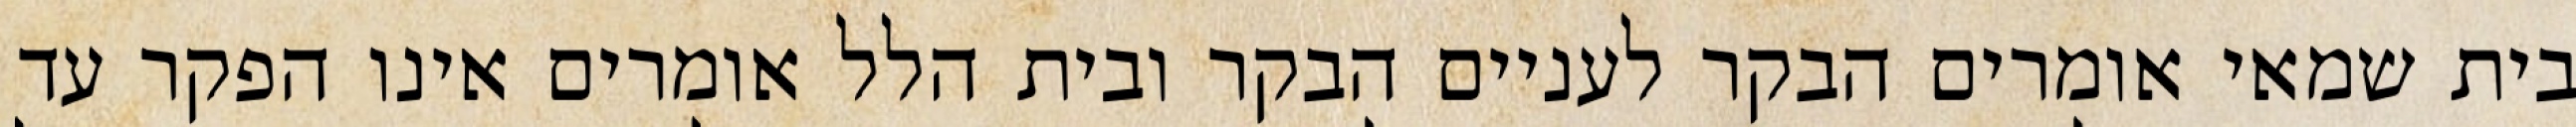
בית שמאי אומרים הבקר לעניים הבקר ובית הלל אומרים אינו הפקר עד